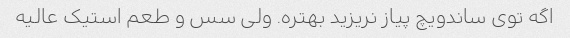
اگه توی ساندویچ پیاز نریزید بهتره. ولی سس و طعم استیک عالیه